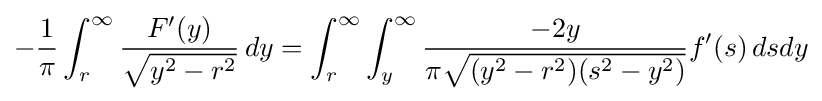
-{\frac {1}{\pi }}\int _{r}^{\infty }{\frac {F'(y)}{\sqrt {y^{2}-r^{2}}}}\,dy=\int _{r}^{\infty }\int _{y}^{\infty }{\frac {-2y}{\pi {\sqrt {(y^{2}-r^{2})(s^{2}-y^{2})}}}}f'(s)\,dsdy